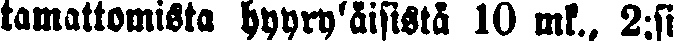
tamattomista hyyryläisistä 10 mk., 2:si